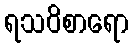
ရသဝိစာရော